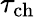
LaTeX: \tau_{\mathrm{ch}}